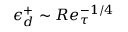
\epsilon _ { d } ^ { + } \sim R e _ { \tau } ^ { - 1 / 4 }